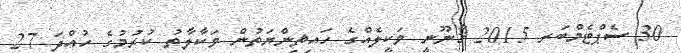
30 ސެޕްޓެމްބަރ 2015 ޤާނޫނީ ވަކީލެއްގެ ހައިޘިންޔަތުން ވަކާލާތު ކުރުމުގެ ހުއްދަ 27